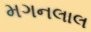
મગનલાલ